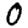
Digit: 0